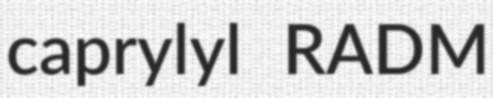
caprylyl RADM